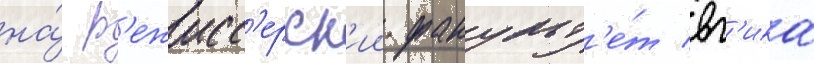
на́ р'ежисс'ерск'ии факульт'е́т вг'ика